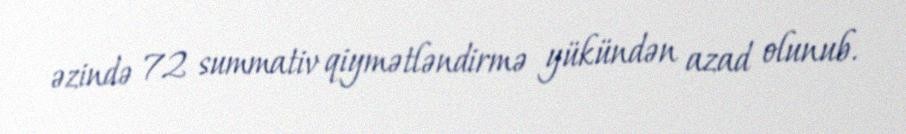
əzində 72 summativ qiymətləndirmə yükündən azad olunub.